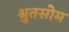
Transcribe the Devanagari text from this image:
श्रुतसोम